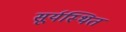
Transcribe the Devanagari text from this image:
सूर्यस्थित